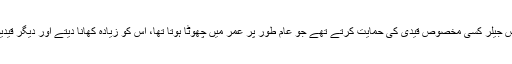
جنسی عنایت کے بدلے میں بعض جیلر کسی مخصوص قیدی کی حمایت کرتے تھے جو عام طور پر عمر میں چھوٹا ہوتا تھا، اس کو زیادہ کھانا دیتے اور دیگر قیدیوں کی زیادتی سے اسے بچاتے۔